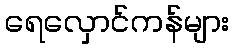
ရေလှောင်ကန်များ